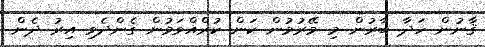
ޤާނުން ހަދާ ބާރުން މި މޭރުމުން ކަން ކުރްއްވަމުން ގެންދެވި އިރު ދެން